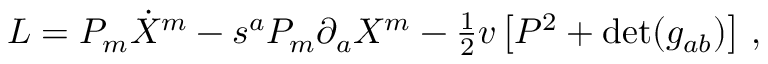
{ \cal L } = P _ { m } \dot { X } ^ { m } - s ^ { a } P _ { m } \partial _ { a } X ^ { m } - { \textstyle { \frac { 1 } { 2 } } } v \left[ P ^ { 2 } + \mathrm { d e t } ( g _ { a b } ) \right] \, ,